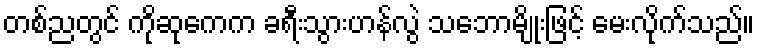
တစ်ညတွင် ကိုဆုကေက ခရီးသွားဟန်လွဲ သဘောမျိုးဖြင့် မေးလိုက်သည်။